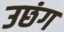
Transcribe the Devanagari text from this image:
उछंग